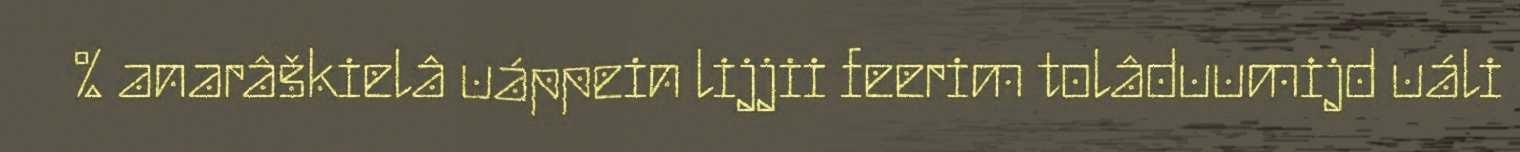
% anarâškielâ uáppein lijjii feerim tolâduumijd uáli